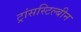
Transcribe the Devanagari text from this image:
ट्रांसस्टिल्बीन